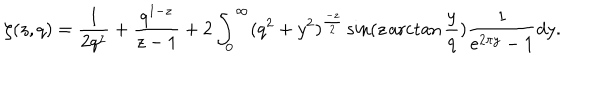
\zeta ( z , q ) = \frac { 1 } { 2 q ^ { z } } + \frac { q ^ { 1 - z } } { z - 1 } + 2 \int _ { 0 } ^ { \infty } ( q ^ { 2 } + y ^ { 2 } ) ^ { \frac { - z } { 2 } } \sin ( z \operatorname { a r c t a n } \frac { y } { q } ) \frac { 1 } { e ^ { 2 \pi y } - 1 } d y .